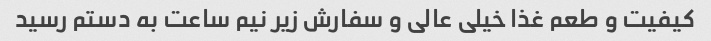
کیفیت و طعم غذا خیلی عالی و سفارش زیر نیم ساعت به دستم رسید